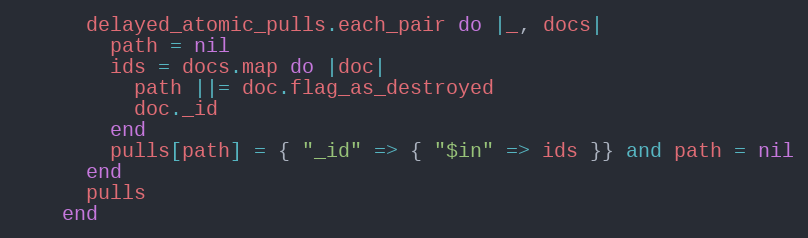
Language: Ruby
      delayed_atomic_pulls.each_pair do |_, docs|
        path = nil
        ids = docs.map do |doc|
          path ||= doc.flag_as_destroyed
          doc._id
        end
        pulls[path] = { "_id" => { "$in" => ids }} and path = nil
      end
      pulls
    end